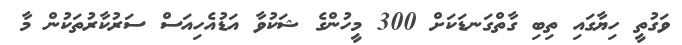
ވަގުތީ ހިޔާގައި ތިބި ގާތްގަނޑަކަށް 300 މީހުންގެ ޝަކުވާ އަޑުއެހިއަސް ސަރުކާރުތަކުން މާ